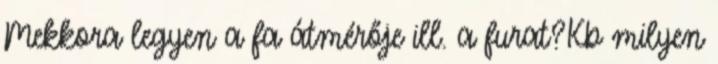
Mekkora legyen a fa átmérője ill. a furat?Kb milyen